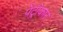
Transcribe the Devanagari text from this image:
पेंट्रीकार